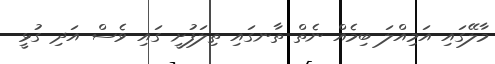
މާލޭގައި އަމިއްލަ ބިމެއް ނެތް ތާނގައި ތިލަފުށީ ގައި ވެސް އަދި ގުޅީ